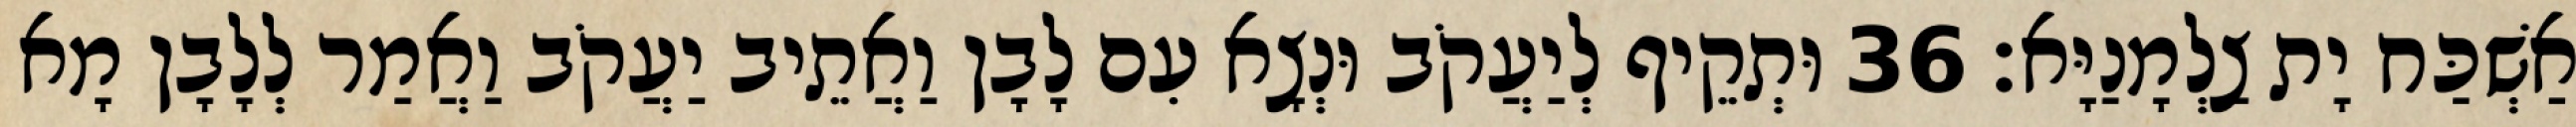
אַשְׁכַּח יָת צַלְמָנַיָּא׃ 36 וּתְקֵיף לְיַעֲקֹב וּנְצָא עִם לָבָן וַאֲתֵיב יַעֲקֹב וַאֲמַר לְלָבָן מָא